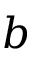
b